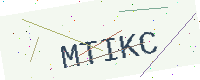
Text: MTIKC